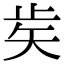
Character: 𥎩